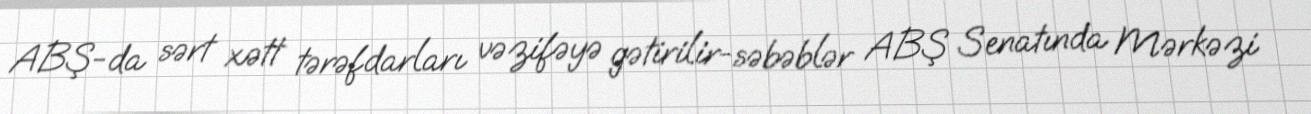
ABŞ-da sərt xətt tərəfdarları vəzifəyə gətirilir-səbəblər ABŞ Senatında Mərkəzi